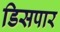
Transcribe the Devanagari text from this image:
डिसपार